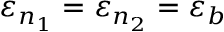
\varepsilon _ { n _ { 1 } } = \varepsilon _ { n _ { 2 } } = \varepsilon _ { b }